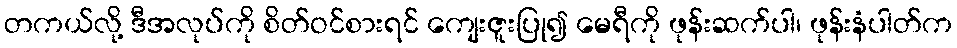
တကယ်လို့ ဒီအလုပ်ကို စိတ်ဝင်စားရင် ကျေးဇူးပြု၍ မေရီကို ဖုန်းဆက်ပါ၊ ဖုန်းနံပါတ်က